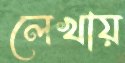
লেখায়